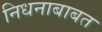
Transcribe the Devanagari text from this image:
निधनाबाबत